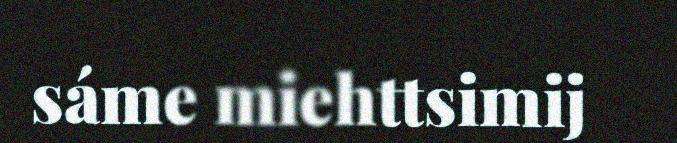
sáme miehttsimij